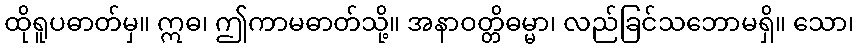
ထိုရူပဓာတ်မှ။ ဣဓ၊ ဤကာမဓာတ်သို့။ အနာဝတ္တိဓမ္မာ၊ လည်ခြင်သဘောမရှိ။ သော၊